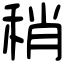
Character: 稍